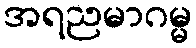
အရညမာဂမ္မ